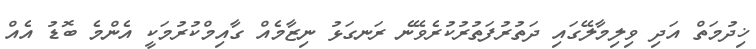
ޚިދުމަތް އަދި ވިލިމާލޭގައި ދަތުރުފަތުރުކުރެވޭނެ ރަނގަޅު ނިޒާމެއް ގާއިމްކުރުމަކީ އެންމެ ބޮޑު އެއް